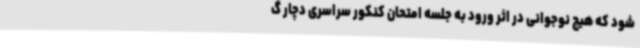
شود که هیچ نوجوانی در اثر ورود به جلسه امتحان کنکور سراسری دچار گ